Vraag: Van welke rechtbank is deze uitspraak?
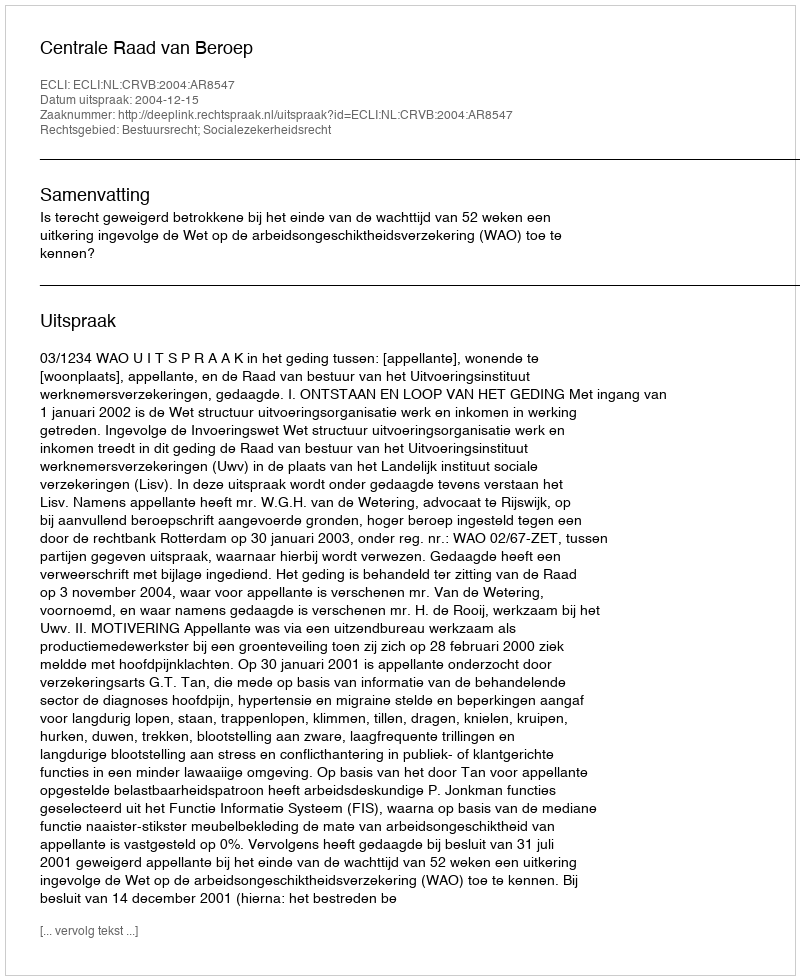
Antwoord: Centrale Raad van Beroep